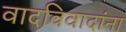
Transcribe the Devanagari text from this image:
वादविवादांना